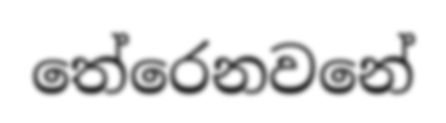
තේරෙනවනේ